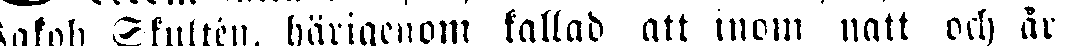
Jakob Skultén, härigenom kallad att inom natt och år